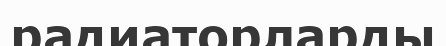
радиаторларды